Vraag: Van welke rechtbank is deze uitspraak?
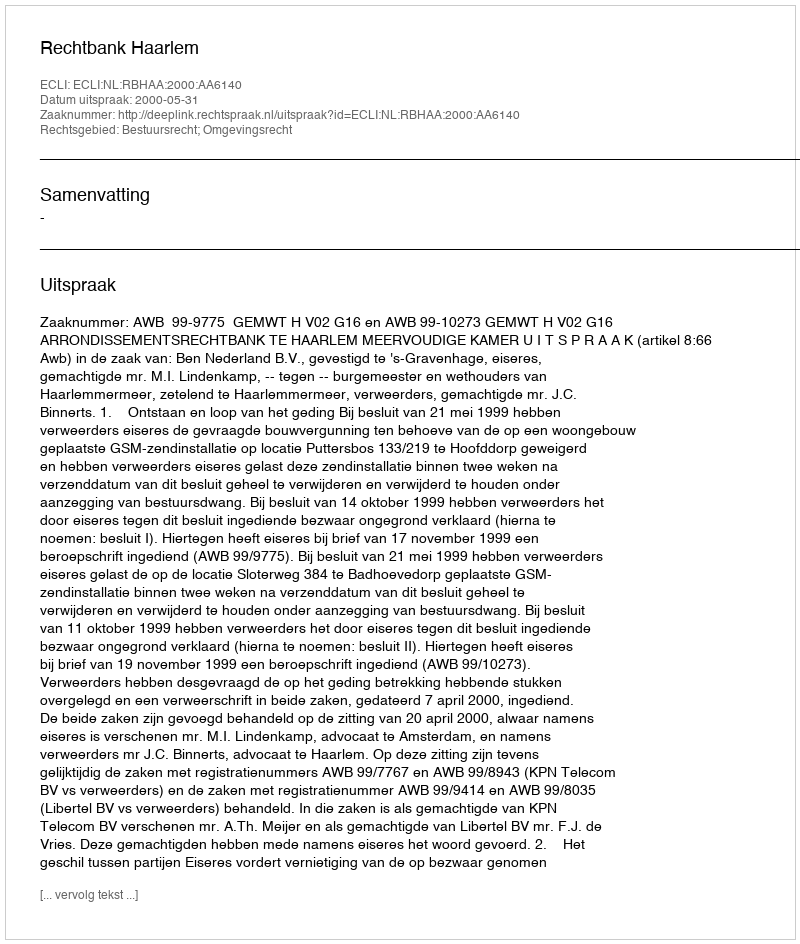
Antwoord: Rechtbank Haarlem